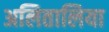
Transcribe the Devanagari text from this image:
अलितालिया